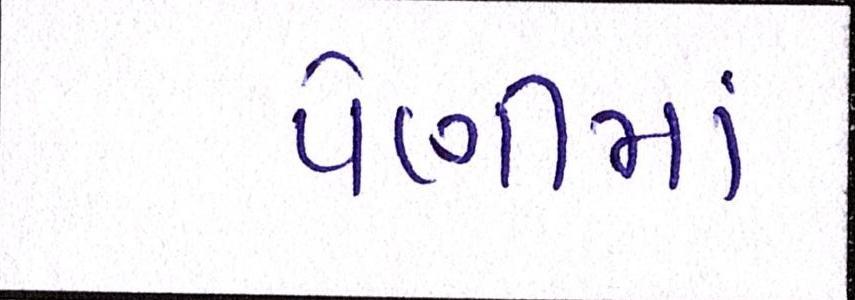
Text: પેણીમાં